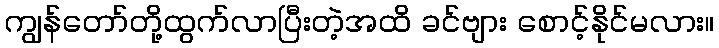
ကျွန်တော်တို့ထွက်လာပြီးတဲ့အထိ ခင်ဗျား စောင့်နိုင်မလား။